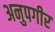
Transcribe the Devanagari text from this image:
अनुपगीर